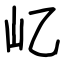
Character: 𡴭